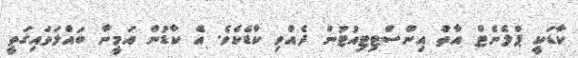
ކާޑަކީ ޕްލެނެޓް އާތް އިންސްޓިޓިއުޓުން ދެއްވި ކާޑެކެވެ. އެ ކާޑުން އަމީނާ ބައްލަވައިގަތީ